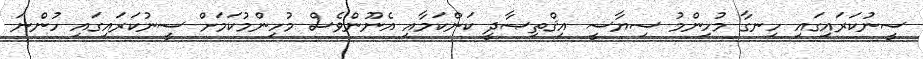
ސީނުކަރައިގައި ހިނގާ މުހިންމު ސިޔާސީ އިޤްތިޞާދީ ކަންކަމާއި އެނޫންވެސް މުހިންމުކަމަށް ސީނުކަރައިގައި ހުންނަ